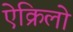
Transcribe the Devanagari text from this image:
ऐक्रिलो